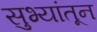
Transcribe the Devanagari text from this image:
सुभ्यांतून